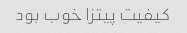
کیفیت پیتزا خوب بود